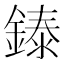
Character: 𬫳